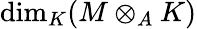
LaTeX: \dim_{K}(M\otimes_{A}K)